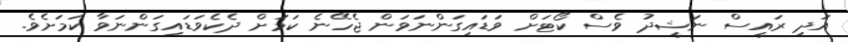
އަދި ރައީސް ނަޝީދު ވެސް ކޯޓަށް ވަޑައިގަންނަވަން ޖެހޭނެ ކަމަށް ދެކެވަޑައިގަންނަވާ ކަމަށެވެ.